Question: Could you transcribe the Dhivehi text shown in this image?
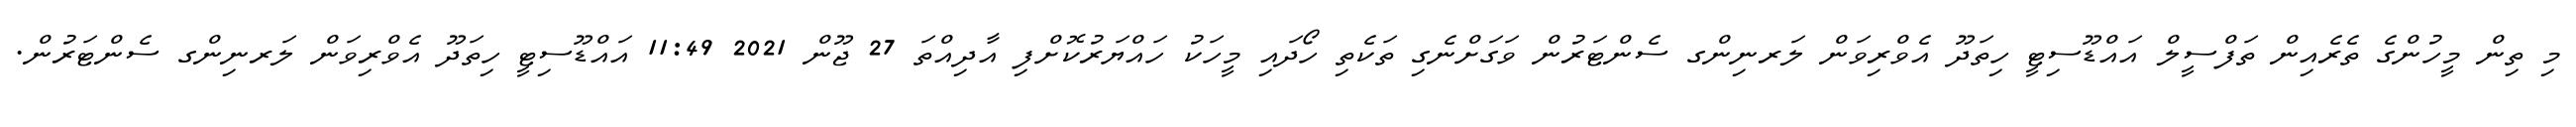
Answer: މި ތިން މީހުންގެ ތެރެއިން ތަފްސީލް އައްޑޫސިޓީ ހިތަދޫ އެވްރިވަން ލަރނިންގ ސެންޓަރުން ވަގަށްނެގި ތަކެތި ހޯދައި މީހަކު ހައްޔަރުކޮށްފި އާދިއްތަ 27 ޖޫން 2021 11:49 އައްޑޫސިޓީ ހިތަދޫ އެވްރިވަން ލަރނިންގ ސެންޓަރުން.